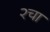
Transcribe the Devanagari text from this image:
२चा